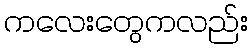
ကလေးတွေကလည်း